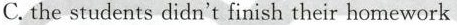
C.the students didn't finish their homework